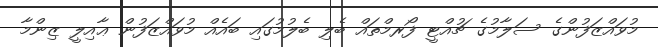
މުވައްޒަފުންގެ ސަލާމުގެ ޗުއްޓީ ފޯރމްތައް ބެލި ބެލުމުގައި ބައެއް މުވައްޒަފުން ޢާއިލީ ޒިންމާ